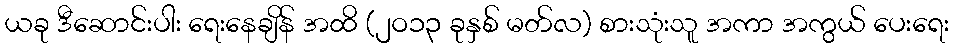
ယခု ဒီဆောင်းပါး ရေးနေချိန် အထိ (၂ဝ၁၃ ခုနှစ် မတ်လ) စားသုံးသူ အကာ အကွယ် ပေးရေး